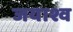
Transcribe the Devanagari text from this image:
जयाश्व